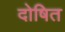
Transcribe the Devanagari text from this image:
दोषित